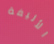
الأليفة